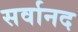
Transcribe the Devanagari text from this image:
सर्वानद